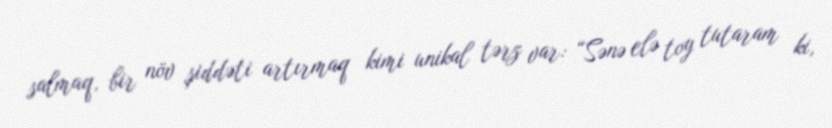
salmaq, bir növ şiddəti artırmaq kimi unikal tərz var: “Sənə elə toy tutaram ki,